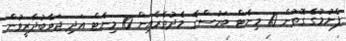
ފެށުމުގެ ގޮތުން 10 މިނެޓް ބަހުސްގެ މެދުތެރެއިން 10 މިނެޓް އަދި ޖަވާބުދާރީވުން